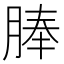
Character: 䏾